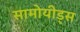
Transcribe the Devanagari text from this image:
सामोयीड्स